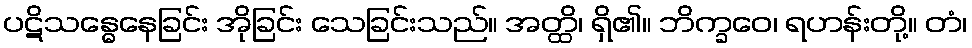
ပဋိသန္ဓေနေခြင်း အိုခြင်း သေခြင်းသည်။ အတ္ထိ၊ ရှိ၏။ ဘိက္ခဝေ၊ ရဟန်းတို့။ တံ၊